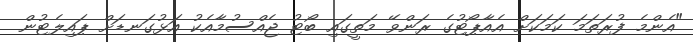
"އެންމެ ފުރަތަމަ ކަމަކަށް އެއާޕޯޓުގެ ރަންވޭ މަތީގައި ބޯޓު ޖެއްސުމާއެކު އަޅުގަނޑަށް ޕައިލެޓުން